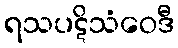
ရသပဋိသံဝေဒီ